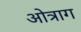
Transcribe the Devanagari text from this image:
ओत्राग